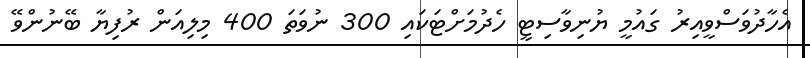
އެހާދުވަސްވީއިރު ގައުމީ ޔުނިވާސިޓީ ހެދުމަށްޓަކައި 300 ނުވަތަ 400 މިލިއަން ރުފިޔާ ބޭނުންވޭ